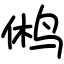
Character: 鸺